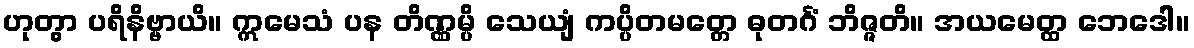
ဟုတွာ ပရိနိဗ္ဗာယိ။ ဣမေသံ ပန တိဏ္ဏမ္ပိ သေယျံ ကပ္ပိတမတ္တေ ဓုတင်္ဂံ ဘိဇ္ဇတိ။ အယမေတ္ထ ဘေဒေါ။